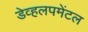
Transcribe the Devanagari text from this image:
डेव्हलपमेंटल